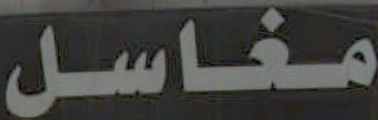
مغاسل